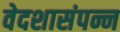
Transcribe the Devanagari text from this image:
वेदशासंपन्न